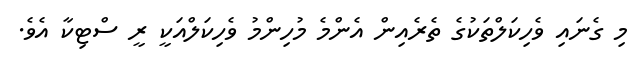
މި ގެނައި ވެހިކަލްތަކުގެ ތެރެއިން އެންމެ މުހިންމު ވެހިކަލްއަކީ ރީ ސްޓިކާ އެވެ.